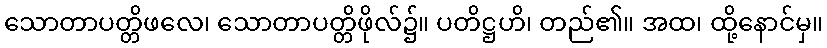
သောတာပတ္တိဖလေ၊ သောတာပတ္တိဖိုလ်၌။ ပတိဋ္ဌဟိ၊ တည်၏။ အထ၊ ထို့နောင်မှ။